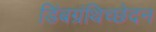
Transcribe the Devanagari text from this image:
डिंबग्रंथिच्छेदन